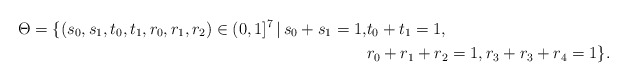
\begin{align*}\Theta = \{ (s_0,s_1,t_0,t_1,r_0,r_1,r_2) \in (0,1]^7\, |\, s_0+s_1=1, &t_0+t_1=1, \\&r_0+r_1+r_2=1, r_3+r_3+r_4=1\}.\end{align*}